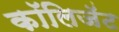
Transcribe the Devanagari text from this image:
कॉलिजॅट